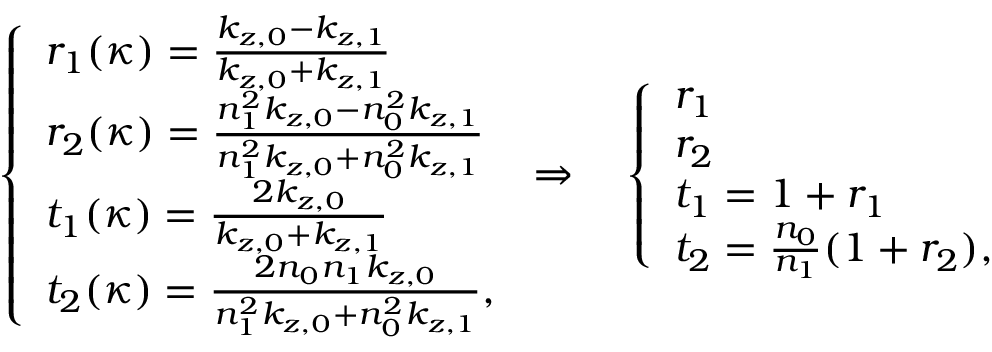
\left\{ \begin{array} { l l } { r _ { 1 } ( \kappa ) = \frac { k _ { z , 0 } - k _ { z , 1 } } { k _ { z , 0 } + k _ { z , 1 } } } \\ { r _ { 2 } ( \kappa ) = \frac { n _ { 1 } ^ { 2 } k _ { z , 0 } - n _ { 0 } ^ { 2 } k _ { z , 1 } } { n _ { 1 } ^ { 2 } k _ { z , 0 } + n _ { 0 } ^ { 2 } k _ { z , 1 } } } \\ { t _ { 1 } ( \kappa ) = \frac { 2 k _ { z , 0 } } { k _ { z , 0 } + k _ { z , 1 } } } \\ { t _ { 2 } ( \kappa ) = \frac { 2 n _ { 0 } n _ { 1 } k _ { z , 0 } } { n _ { 1 } ^ { 2 } k _ { z , 0 } + n _ { 0 } ^ { 2 } k _ { z , 1 } } , } \end{array} \right. \Rightarrow \quad \left\{ \begin{array} { l l } { r _ { 1 } } \\ { r _ { 2 } } \\ { t _ { 1 } = 1 + r _ { 1 } } \\ { t _ { 2 } = \frac { n _ { 0 } } { n _ { 1 } } ( 1 + r _ { 2 } ) , } \end{array} \right.